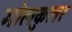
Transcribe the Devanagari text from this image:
मोलकुलर